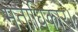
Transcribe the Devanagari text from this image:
मताधिकार।